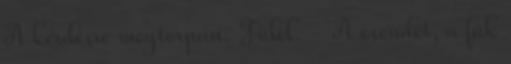
A kérdésre megtorpan. Fülel. - A csendet, a fák